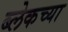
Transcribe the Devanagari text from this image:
ब्लेकच्या